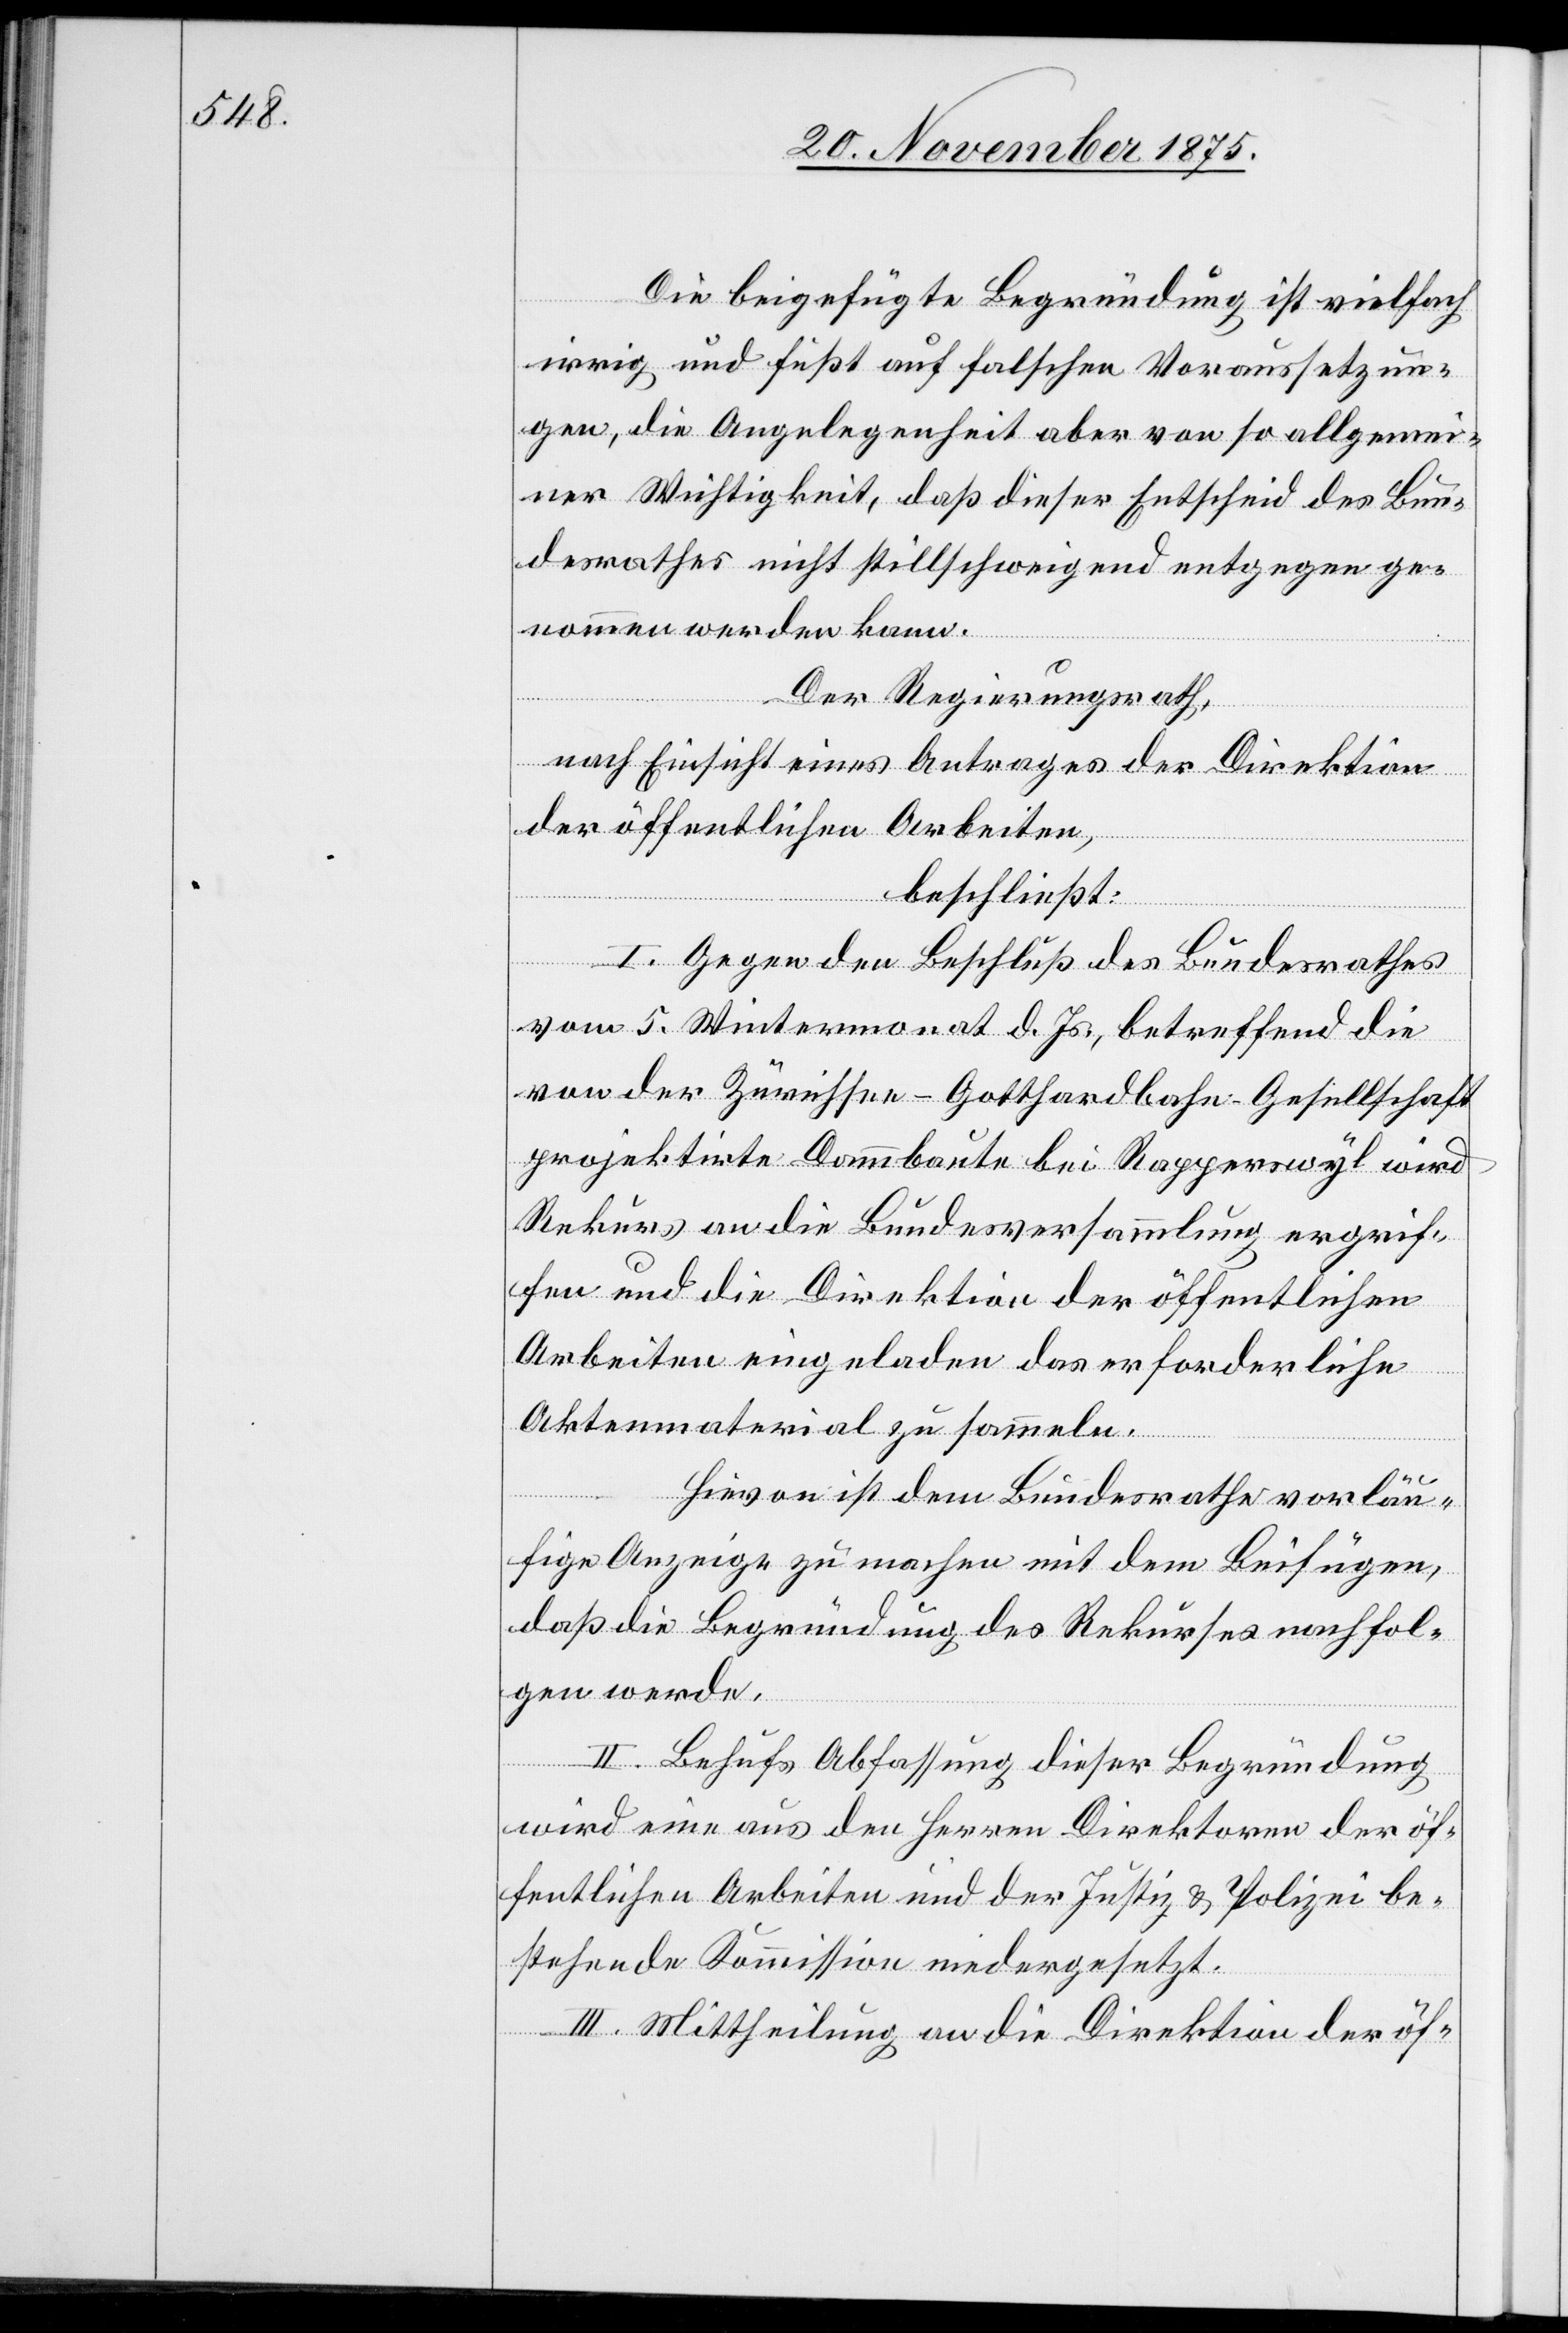
Die beigefügte Begründung ist vielfach
irrig und fußt auf falschen Voraussetzun¬
gen, die Angelegenheit aber von so allgemei¬
ner Wichtigkeit, daß dieser Entscheid des Bun¬
desrathes nicht stillschweigend entgegen ge¬
nommen werden kann.
Der Regierungsrath,
nach Einsicht eines Antrages der Direktion
der öffentlichen Arbeiten,
beschließt:
I. Gegen den Beschluß des Bundesrathes
vom 5. Wintermonat d. Js., betreffend die
von der Zürichsee–Gotthardbahn-Gesellschaft
projektirte Dammbaute bei Rapperswyl wird
Rekurs an die Bundesversammlung ergrif¬
fen und die Direktion der öffentlichen
Arbeiten eingeladen das erforderliche
Aktenmaterial zu sammeln.
Hievon ist dem Bundesrathe vorläu¬
fige Anzeige zu machen mit dem Beifügen,
daß die Begründung des Rekurses nachfol¬
gen werde.
II. Behufs Abfassung dieser Begründung
wird eine aus den Herren Direktoren der öf¬
fentlichen Arbeiten und der Justiz & Polizei be¬
stehende Kommission niedergesetzt.
III. Mittheilung an die Direktion der öf-